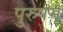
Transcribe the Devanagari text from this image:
पुरुषमें